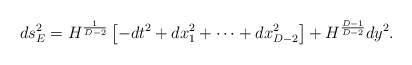
\begin{align*}ds^2_E=H^{1\over{D-2}}\left[-dt^2+dx^2_1+\cdots+dx^2_{D-2}\right]+H^{{D-1}\over{D-2}}dy^2.\end{align*}